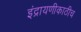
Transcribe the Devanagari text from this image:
इंद्रायणीकाठीच